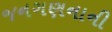
જનગણનાની